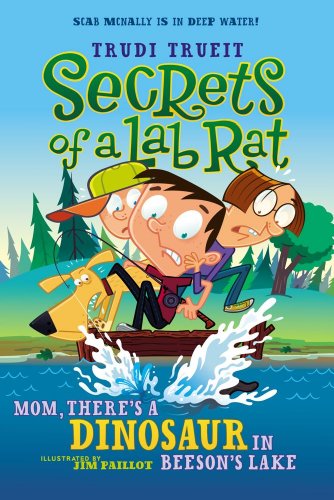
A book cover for Mom, There's a Dinosaur in Beeson's Lake (Secrets of a Lab Rat); Trudi Trueit; Children's Books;